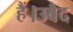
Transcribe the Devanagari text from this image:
हैं।उबैद